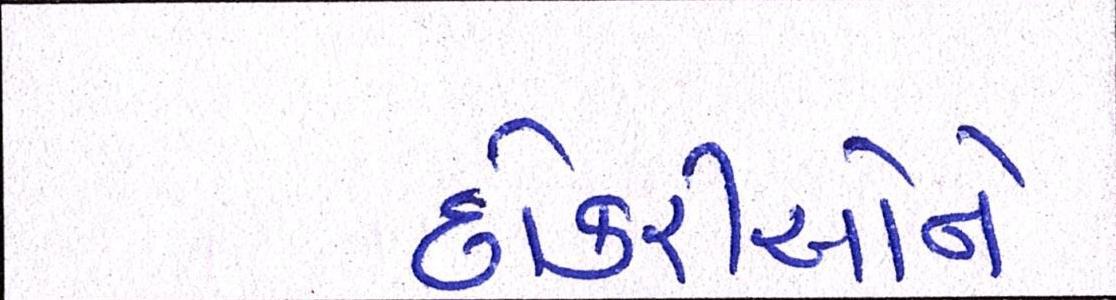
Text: છોકરીઓને